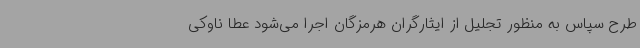
طرح سپاس به منظور تجلیل از ایثارگران هرمزگان اجرا می‌شود عطا ناوکی